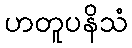
ဟတူပနိသံ